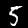
Label: 5